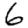
Digit: 6